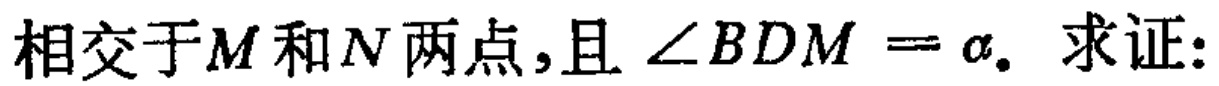
相交于\(M\)和\(N\)两点,且\(\angle BDM = \alpha\). 求证: